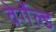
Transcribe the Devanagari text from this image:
वेर्गेल्ड